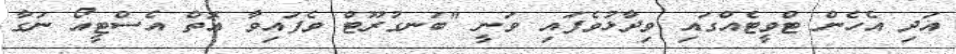
އަދި އެހެން ޓްވީޓެއްގައި ވިދާޅުވެފައި ވަނީ "ބަނގުރޫޓް ވެފައިވާ އޮތް އެސްޓީއޯ ނަގާ